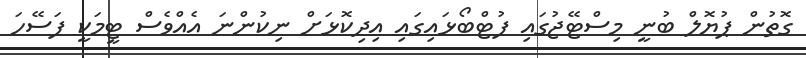
ގޮތުން ޕުޔޮލް ބުނީ މިސްޓޭޖުގައި ފުޓްބޯޅައިގައި އިދިކޮޅަށް ނިކުންނަ އެއްވެސް ޓީމަކީ ފަސޭހަ